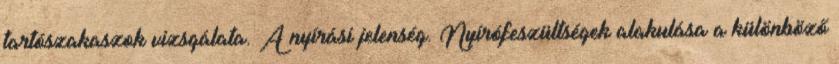
tartószakaszok vizsgálata. A nyírási jelenség. Nyírófeszültségek alakulása a különböző